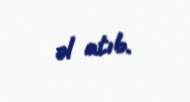
əl atıb.